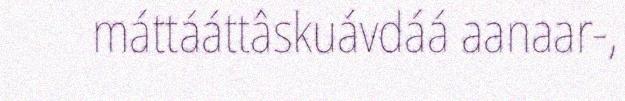
máttááttâskuávdáá aanaar-,